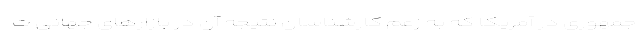
جمهوری در آمریکا که به زعم کارشناسان نتیجه آن در بازارهای جهانی ت